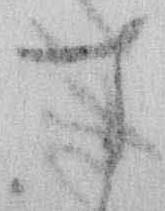
す